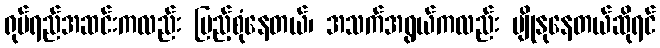
ရုပ်ရည်အဆင်းကလည်း ပြည့်စုံနေတယ်၊ အသက်အရွယ်ကလည်း ပျိုနုနေတယ်ဆိုရင်